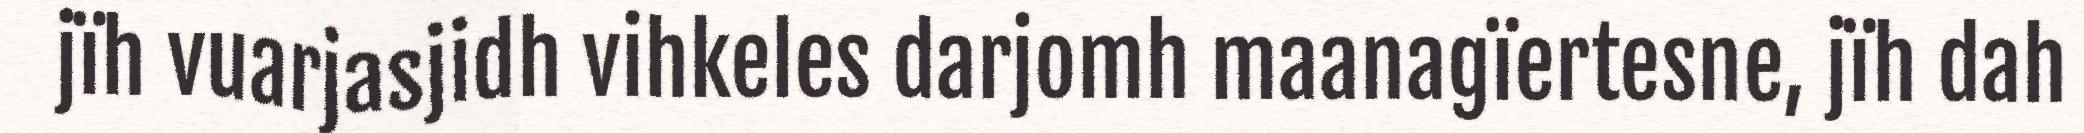
jïh vuarjasjidh vihkeles darjomh maanagïertesne, jïh dah